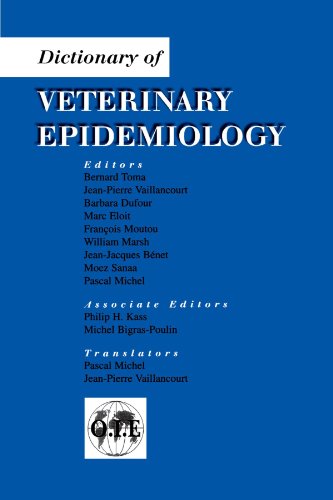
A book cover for Dictionary of Veterinary Epidemiology; Medical Books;